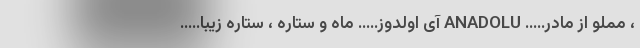
، مملو از مادر….. ANADOLU آی اولدوز….. ماه و ستاره ، ستاره زیبا…..